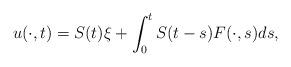
LaTeX: \begin{align*}u(\cdot,t) = S(t)\xi + \int_0^t S(t-s)F(\cdot,s)ds,\end{align*}